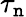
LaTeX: \tau_{\mathtt{n}}